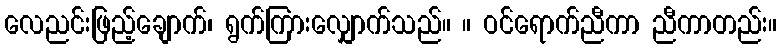
လေညင်းဖြည့်ချောက်၊ ရွက်ကြားလျှောက်သည်။ ။ ဝင်ရောက်ညီကာ ညီကာတည်း။